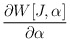
\begin{align*}\frac{\partial W[J,\alpha ]}{\partial \alpha }\end{align*}